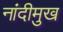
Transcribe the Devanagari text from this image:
नांदीमुख